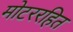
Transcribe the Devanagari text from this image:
मोटररहित